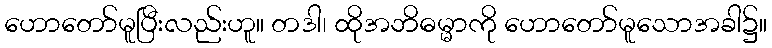
ဟောတော်မူပြီးလည်းဟူ။ တဒါ၊ ထိုအဘိဓမ္မာကို ဟောတော်မူသောအခါ၌။